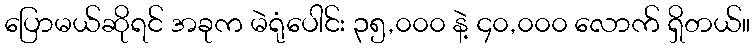
ပြောမယ်ဆိုရင် အခုက မဲရုံပေါင်း ၃၅,၀၀၀ နဲ့ ၄၀,၀၀၀ လောက် ရှိတယ်။